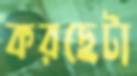
করছেটা